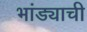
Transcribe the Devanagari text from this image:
भांड्याची